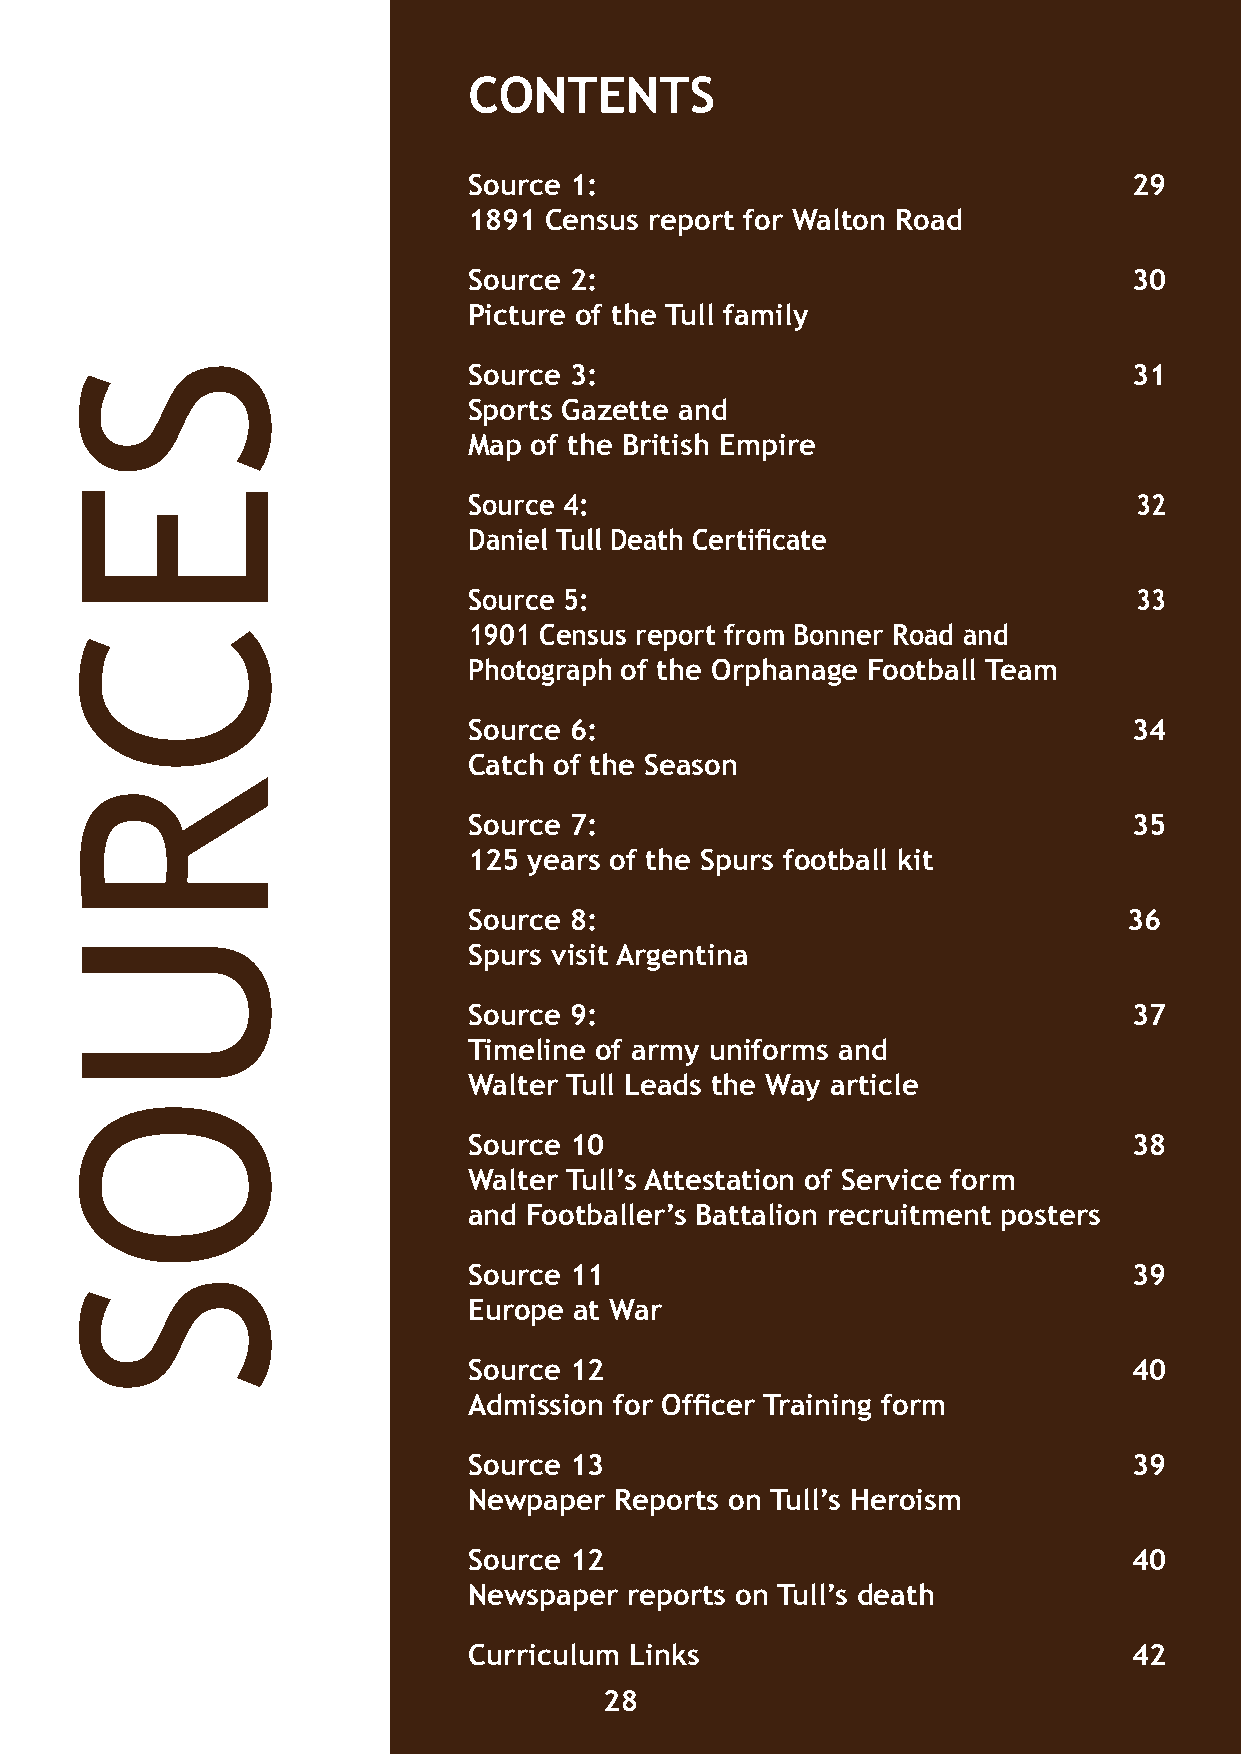
CONTENTS
 Source 1:                                   29
 1891 Census report for Walton Road
 Source 2:                                   30
 Picture of the Tull family
 Source 3:                                   31
 Sports Gazette and
 Map of the British Empire
 Source 4:                                   32
 Daniel Tull Death Certificate
 Source 5:                                   33
 1901 Census report from Bonner Road and
 Photograph of the Orphanage Football Team
 Source 6:                                   34
 Catch of the Season
 Source 7:                                   35
 125 years of the Spurs football kit
 Source 8:                                   36
 Spurs visit Argentina
 Source 9:                                   37
 Timeline of army uniforms and
 Walter Tull Leads the Way article
 Source 10                                   38
 Walter Tull’s Attestation of Service form
 and Footballer’s Battalion recruitment posters
 Source 11                                   39
 Europe at War
 Source 12                                   40
 Admission for Officer Training form
 Source 13                                   39
 Newpaper  Reports on Tull’s Heroism
 Source 12                                   40
 Walter Tull cigarette card
 from Northampton Town          Newspaper  reports on Tull’s death
 Football Club.
 Curriculum Links                            42
 The Dover War Memorial Project
 23                                      28
 SECRUOS